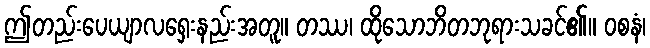
ဤတည်းပေယျာလရှေးနည်းအတူ။ တဿ၊ ထိုသောဘိတဘုရားသခင်၏။ ဝစနံ၊